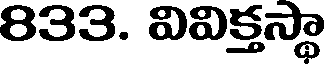
833. వివిక్తస్థా